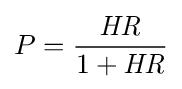
P={\frac {\mathit {HR}}{1+{\mathit {HR}}}}